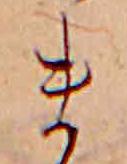
ま